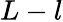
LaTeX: L-l